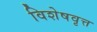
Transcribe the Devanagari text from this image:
विशेषवृत्त